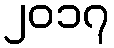
၂၀၁၇